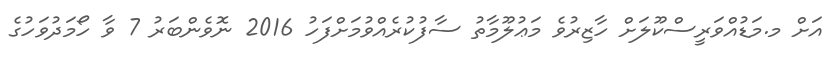
އަށް މ.މަޑުއްވަރީސްކޫލަށް ހާޒިރުވެ މަޢުލޫމާތު ސާފުކުރެއްވުމަށްފަހު 2016 ނޮވެންބަރު 7 ވާ ހޯމަދުވަހުގެ